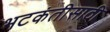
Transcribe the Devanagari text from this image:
भटकंतीसाठी